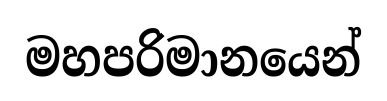
මහපරිමානයෙන්